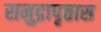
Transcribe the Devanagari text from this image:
समुद्रापृष्ठास